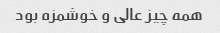
همه چیز عالی و خوشمزه بود